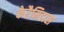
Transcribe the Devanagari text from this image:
केरैमिडास